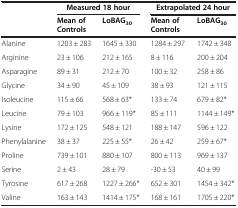
| <ROWSPAN=2>  | <COLSPAN=2> Measured 18 hour | <COLSPAN=2> Extrapolated 24 hour |
 | Mean of Controls | LoBAG30 | Mean of Controls | LoBAG30 |
 | --- | --- | --- | --- | --- |
 | Alanine | 1203 ± 283 | 1645 ± 330 | 1284 ± 297 | 1742 ± 348 |
 | Arginine | 23 ± 106 | 212 ± 165 | 8 ± 116 | 200 ± 204 |
 | Asparagine | 89 ± 31 | 212 ± 70 | 100 ± 32 | 258 ± 86 |
 | Glycine | 34 ± 90 | 45 ± 109 | 38 ± 93 | 121 ± 115 |
 | Isoleucine | 115 ± 66 | 568 ± 63* | 133 ± 74 | 679 ± 82* |
 | Leucine | 79 ± 103 | 966 ± 119* | 85 ± 111 | 1144 ± 149* |
 | Lysine | 172 ± 125 | 548 ± 121 | 188 ± 147 | 596 ± 122 |
 | Phenylalanine | 38 ± 37 | 225 ± 55* | 26 ± 42 | 259 ± 67* |
 | Proline | 739 ± 101 | 880 ± 107 | 800 ± 113 | 969 ± 137 |
 | Serine | 2 ± 43 | 28 ± 79 | -30 ± 53 | 40 ± 99 |
 | Tyrosine | 617 ± 268 | 1227 ± 266* | 652 ± 301 | 1454 ± 342* |
 | Valine | 163 ± 143 | 1414 ± 175* | 168 ± 161 | 1705 ± 220* |